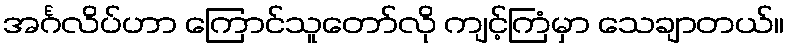
အင်္ဂလိပ်ဟာ ကြောင်သူတော်လို ကျင့်ကြံမှာ သေချာတယ်။